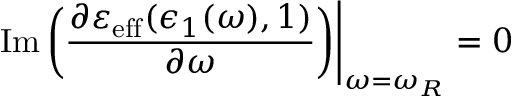
\left. \operatorname { I m } \bigg ( \frac { \partial \varepsilon _ { \mathrm { e f f } } ( \epsilon _ { 1 } ( \omega ) , 1 ) } { \partial \omega } \bigg ) \right\vert _ { \omega = \omega _ { R } } = 0